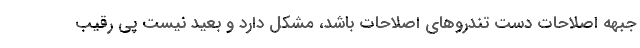
جبهه اصلاحات دست تندروهای اصلاحات باشد، مشکل دارد و بعید نیست پی رقیب